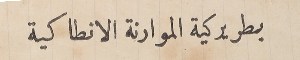
بطريركية الموارنة الانطاكية